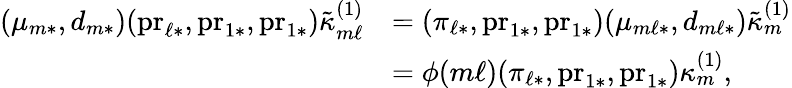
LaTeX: \begin{array}{rl}{(\mu_{m*},d_{m*})(\mathrm{pr}_{\ell*},\mathrm{pr}_{1*},\mathrm{pr}_{1*})\tilde{\kappa}_{m\ell}^{(1)}}&{=(\pi_{\ell*},\mathrm{pr}_{1*},\mathrm{pr}_{1*})(\mu_{m\ell*},d_{m\ell*})\tilde{\kappa}_{m}^{(1)}}\\ &{=\phi(m\ell)(\pi_{\ell*},\mathrm{pr}_{1*},\mathrm{pr}_{1*})\kappa_{m}^{(1)},}\end{array}